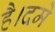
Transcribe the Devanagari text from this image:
है।दमे